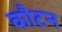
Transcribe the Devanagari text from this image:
कौटन